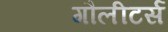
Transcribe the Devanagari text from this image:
गौलीटर्स